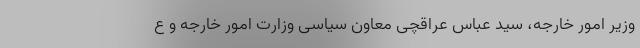
وزیر امور خارجه، سید عباس عراقچی معاون سیاسی وزارت امور خارجه و ع